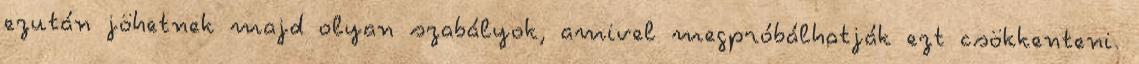
ezután jöhetnek majd olyan szabályok, amivel megpróbálhatják ezt csökkenteni.